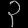
Digit: ၃